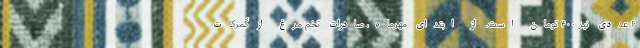
۶ عددی نیز ۴۰۰ تومان است. از ابتدای مهرماه، صادرات تخم مرغ از گمرکات